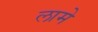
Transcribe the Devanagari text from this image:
लामे